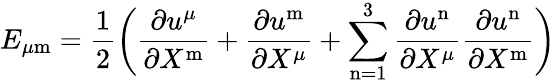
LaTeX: E_{\mu\mathrm{m}}={\frac{1}{2}}\biggl({\frac{\partial u^{\mu}}{\partial X^{\mathrm{m}}}}+{\frac{\partial u^{\mathrm{m}}}{\partial X^{\mu}}}+\sum_{\mathrm{n}=1}^{3}{\frac{\partial u^{\mathrm{n}}}{\partial X^{\mu}}}{\frac{\partial u^{\mathrm{n}}}{\partial X^{\mathrm{m}}}}\biggr)